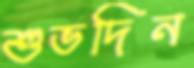
শুভদিন